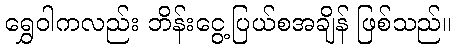
ရွှေဝါကလည်း ဘိန်းငွေ့ပြယ်စအချိန် ဖြစ်သည်။